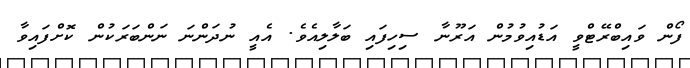
ފޯން ވައިބްރޭޓްވީ އަޑުއިވުމުން އަރޫނާ ސިހިފައި ބަލާލިއެވެ. އެއީ ނުދަންނަ ނަންބަރަކުން ކޮށްފައިވާ